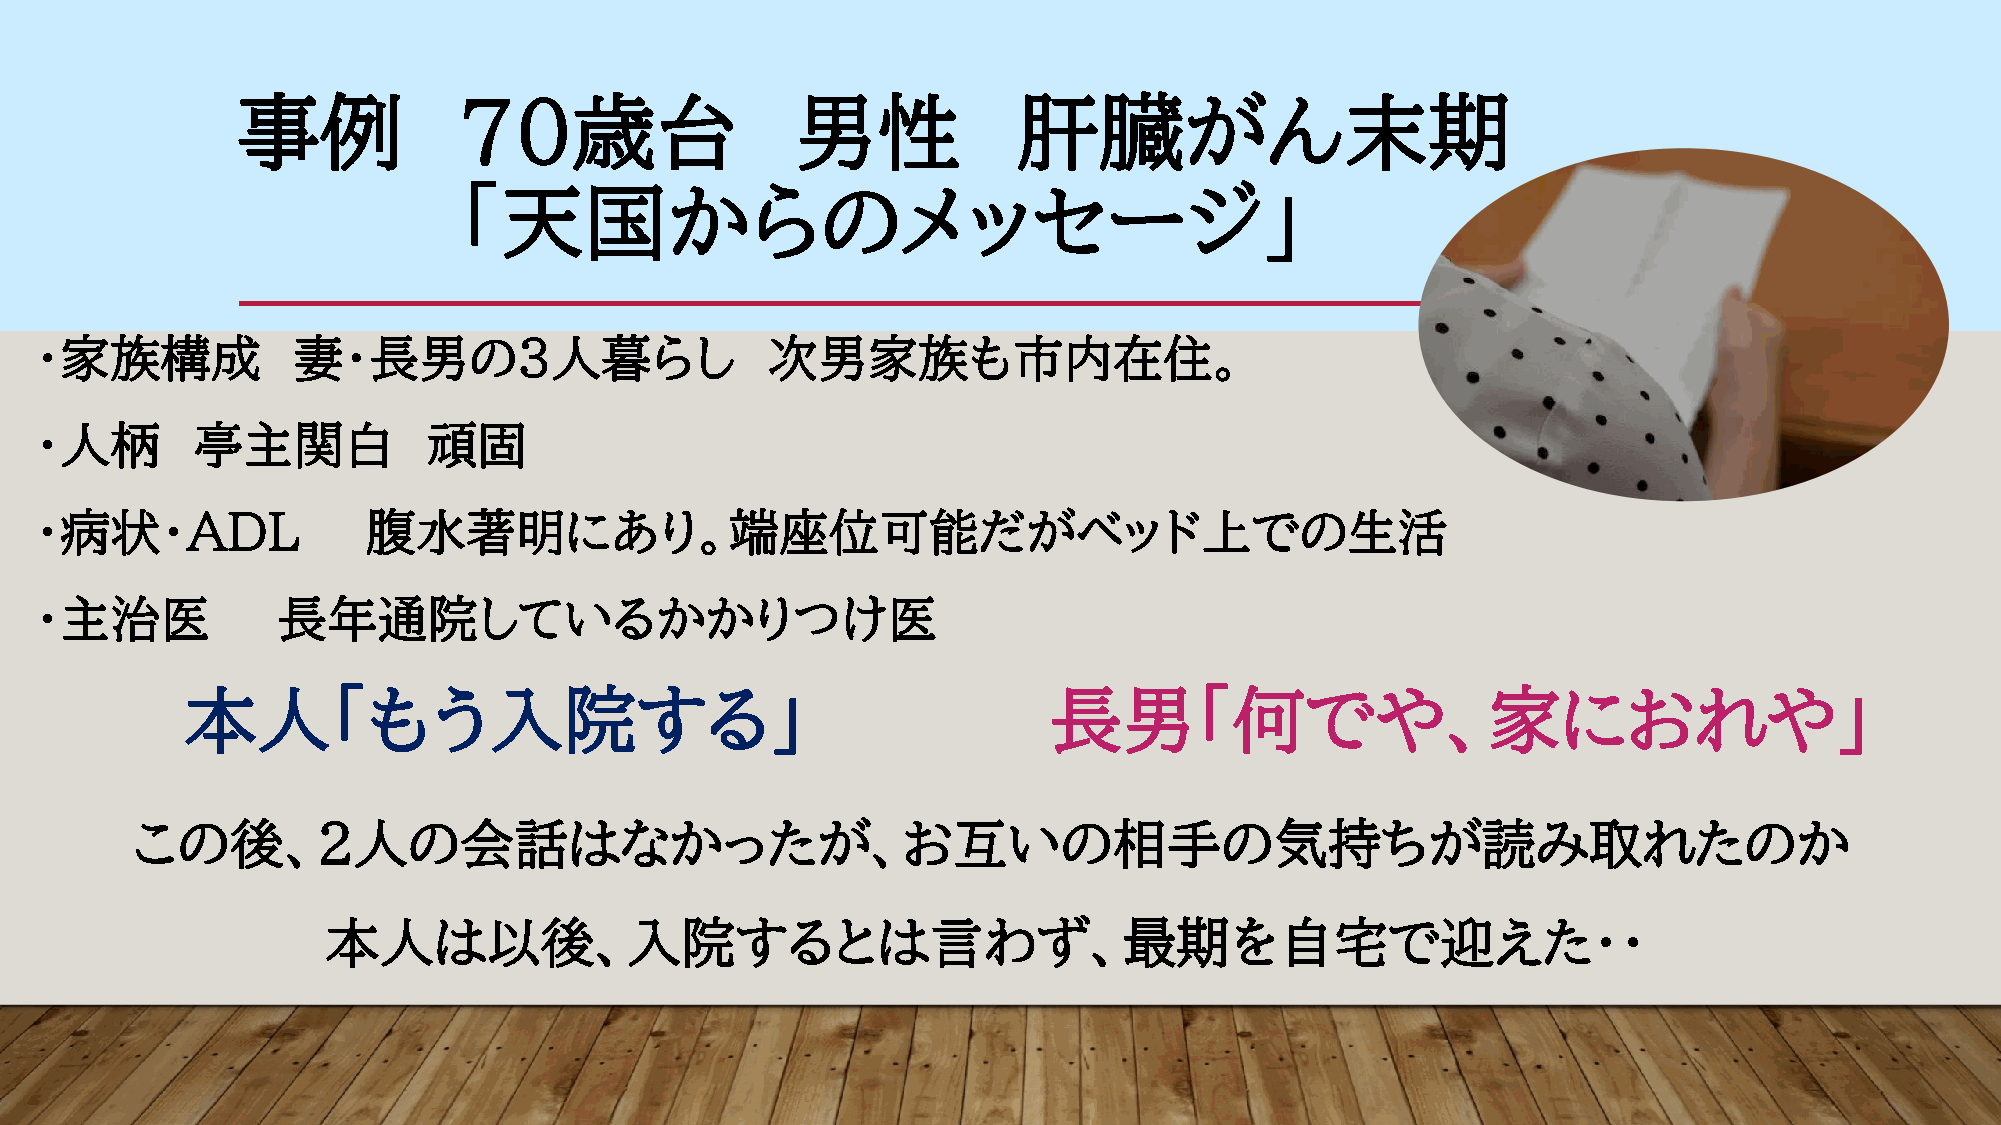
事例            ７０歳台                   男性            肝臓がん末期
 「天国からのメッセージ」
 ・家族構成            妻・長男の３人暮らし                      次男家族も市内在住。
 ・人柄        亭主関白           頑固
 ・病状・ADL               腹水著明にあり。端座位可能だがベッド上での生活
 ・主治医            長年通院しているかかりつけ医
 本人「もう入院する」                                               長男「何でや、家におれや」
 この後、２人の会話はなかったが、お互いの相手の気持ちが読み取れたのか
 本人は以後、入院するとは言わず、最期を自宅で迎えた・・